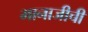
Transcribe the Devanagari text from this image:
मानाजीची